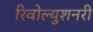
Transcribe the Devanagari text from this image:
रिवोल्युशनरी